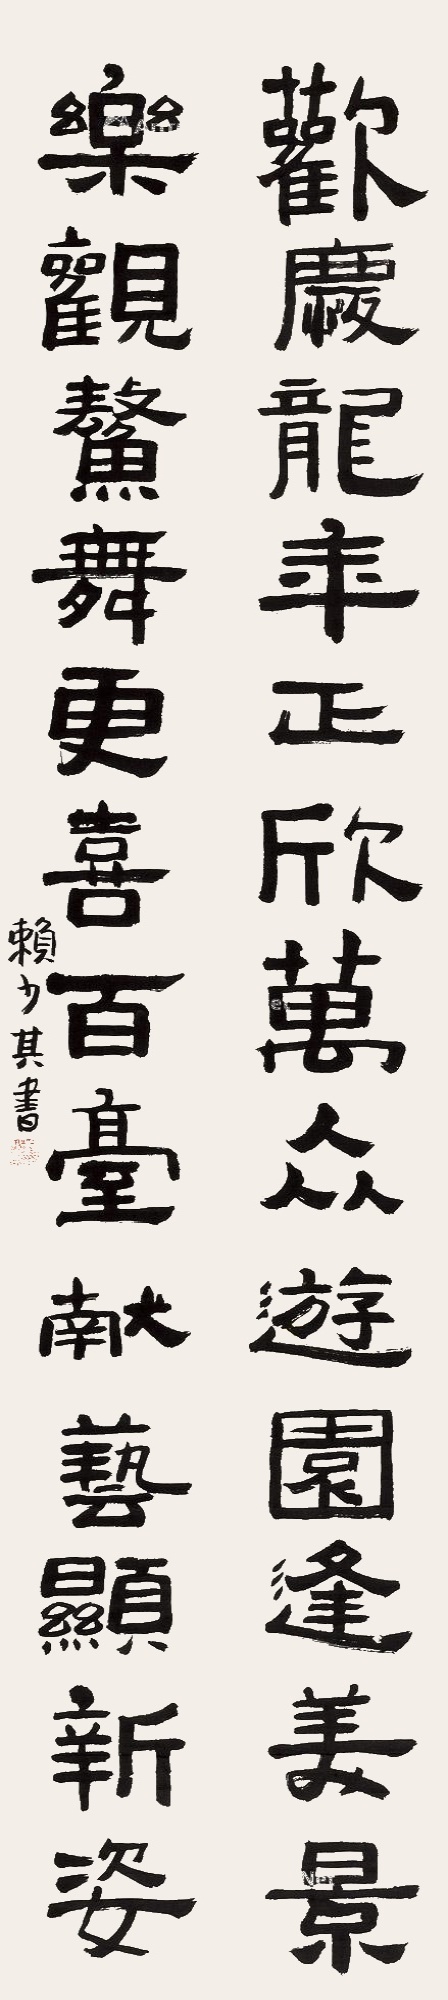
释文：欢庆龙年正欣万众游园逢美景，乐观鳌舞更喜百台献艺显新姿。赖少其书。